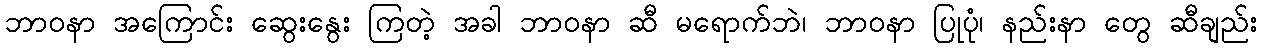
ဘာဝနာ အကြောင်း ဆွေးနွေး ကြတဲ့ အခါ ဘာဝနာ ဆီ မရောက်ဘဲ၊ ဘာဝနာ ပြုပုံ၊ နည်းနာ တွေ ဆီချည်း